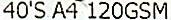
40'S A4 120GSM